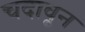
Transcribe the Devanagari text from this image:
चदावून